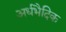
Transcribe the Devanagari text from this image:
अर्धभैदिक